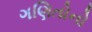
ગણિતોનો